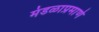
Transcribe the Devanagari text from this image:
मंडळाप्रमाणे